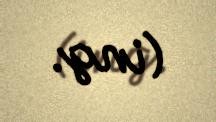
(ing.